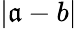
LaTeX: |\mathfrak{a}-b|